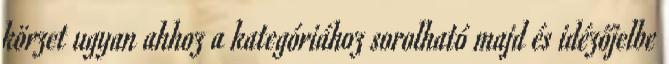
körzet ugyan ahhoz a kategóriához sorolható majd és idézőjelbe